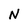
Character: N